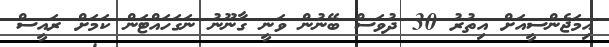
އިމަޖެންސީއަށް އިތުރު 30 ދުވަސް ބޭނުން ވަނީ ގާނޫނު ނަގަހައްޓަން ކަމަށް ރައީސް